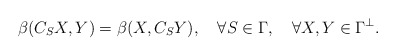
\begin{align*} \beta(C_SX,Y)=\beta(X,C_S Y),\quad\forall S\in\Gamma,\quad\forall X,Y\in\Gamma^\perp.\end{align*}